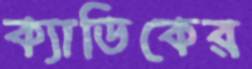
ক্যাডিকের